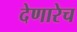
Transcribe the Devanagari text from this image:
देणारेच